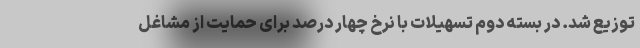
توزیع شد. در بسته دوم تسهیلات با نرخ چهار درصد برای حمایت از مشاغل